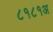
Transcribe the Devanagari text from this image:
८१८१अ